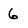
Character: 6